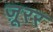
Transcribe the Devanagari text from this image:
ज़ूरर